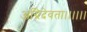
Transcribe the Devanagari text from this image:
अग्निदेवता।।।।।।